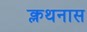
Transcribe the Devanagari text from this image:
क्लथनास